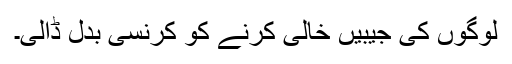
لوگوں کی جیبیں خالی کرنے کو کرنسی بدل ڈالی۔